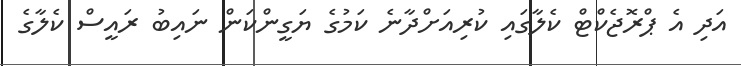
އަދި އެ ޕްރޮޖެކްޓް ކެލާގައި ކުރިއަށްދާނެ ކަމުގެ ޔަގީންކަން ނައިބު ރައީސް ކެލާގެ